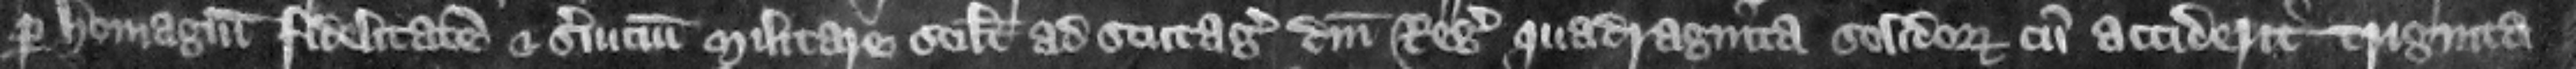
per homagium fidelitatem et seruicium militare scilicet ad scutagium domini regis quadraginta solidorum cum acciderit triginta